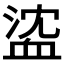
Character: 𧖶